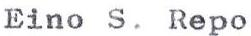
Eino S. Repo